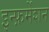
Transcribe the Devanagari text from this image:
इन्फ़र्मेशन